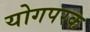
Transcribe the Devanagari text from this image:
योगपरक